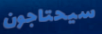
سيحتاجون